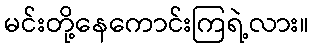
မင်းတို့နေကောင်းကြရဲ့လား။